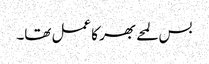
بس لمحے بھر کا عمل تھا۔